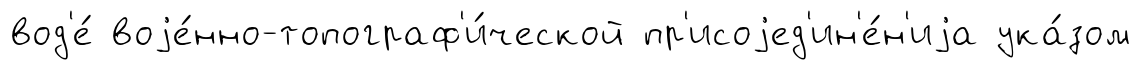
вод'е́ воjе́нно-топограф'и́ческой пр'исоjед'ин'е́н'иjа ука́зом